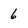
Character: 6